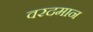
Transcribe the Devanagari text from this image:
वरदमान